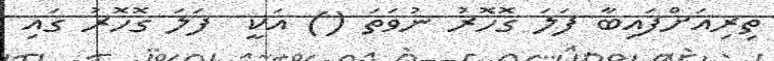
ތިރިއަށްފައިބާ ފަލަ ގޮހޮރު ނުވަތަ () އަކީ  ފަލަ ގޮހޮރު ގައި